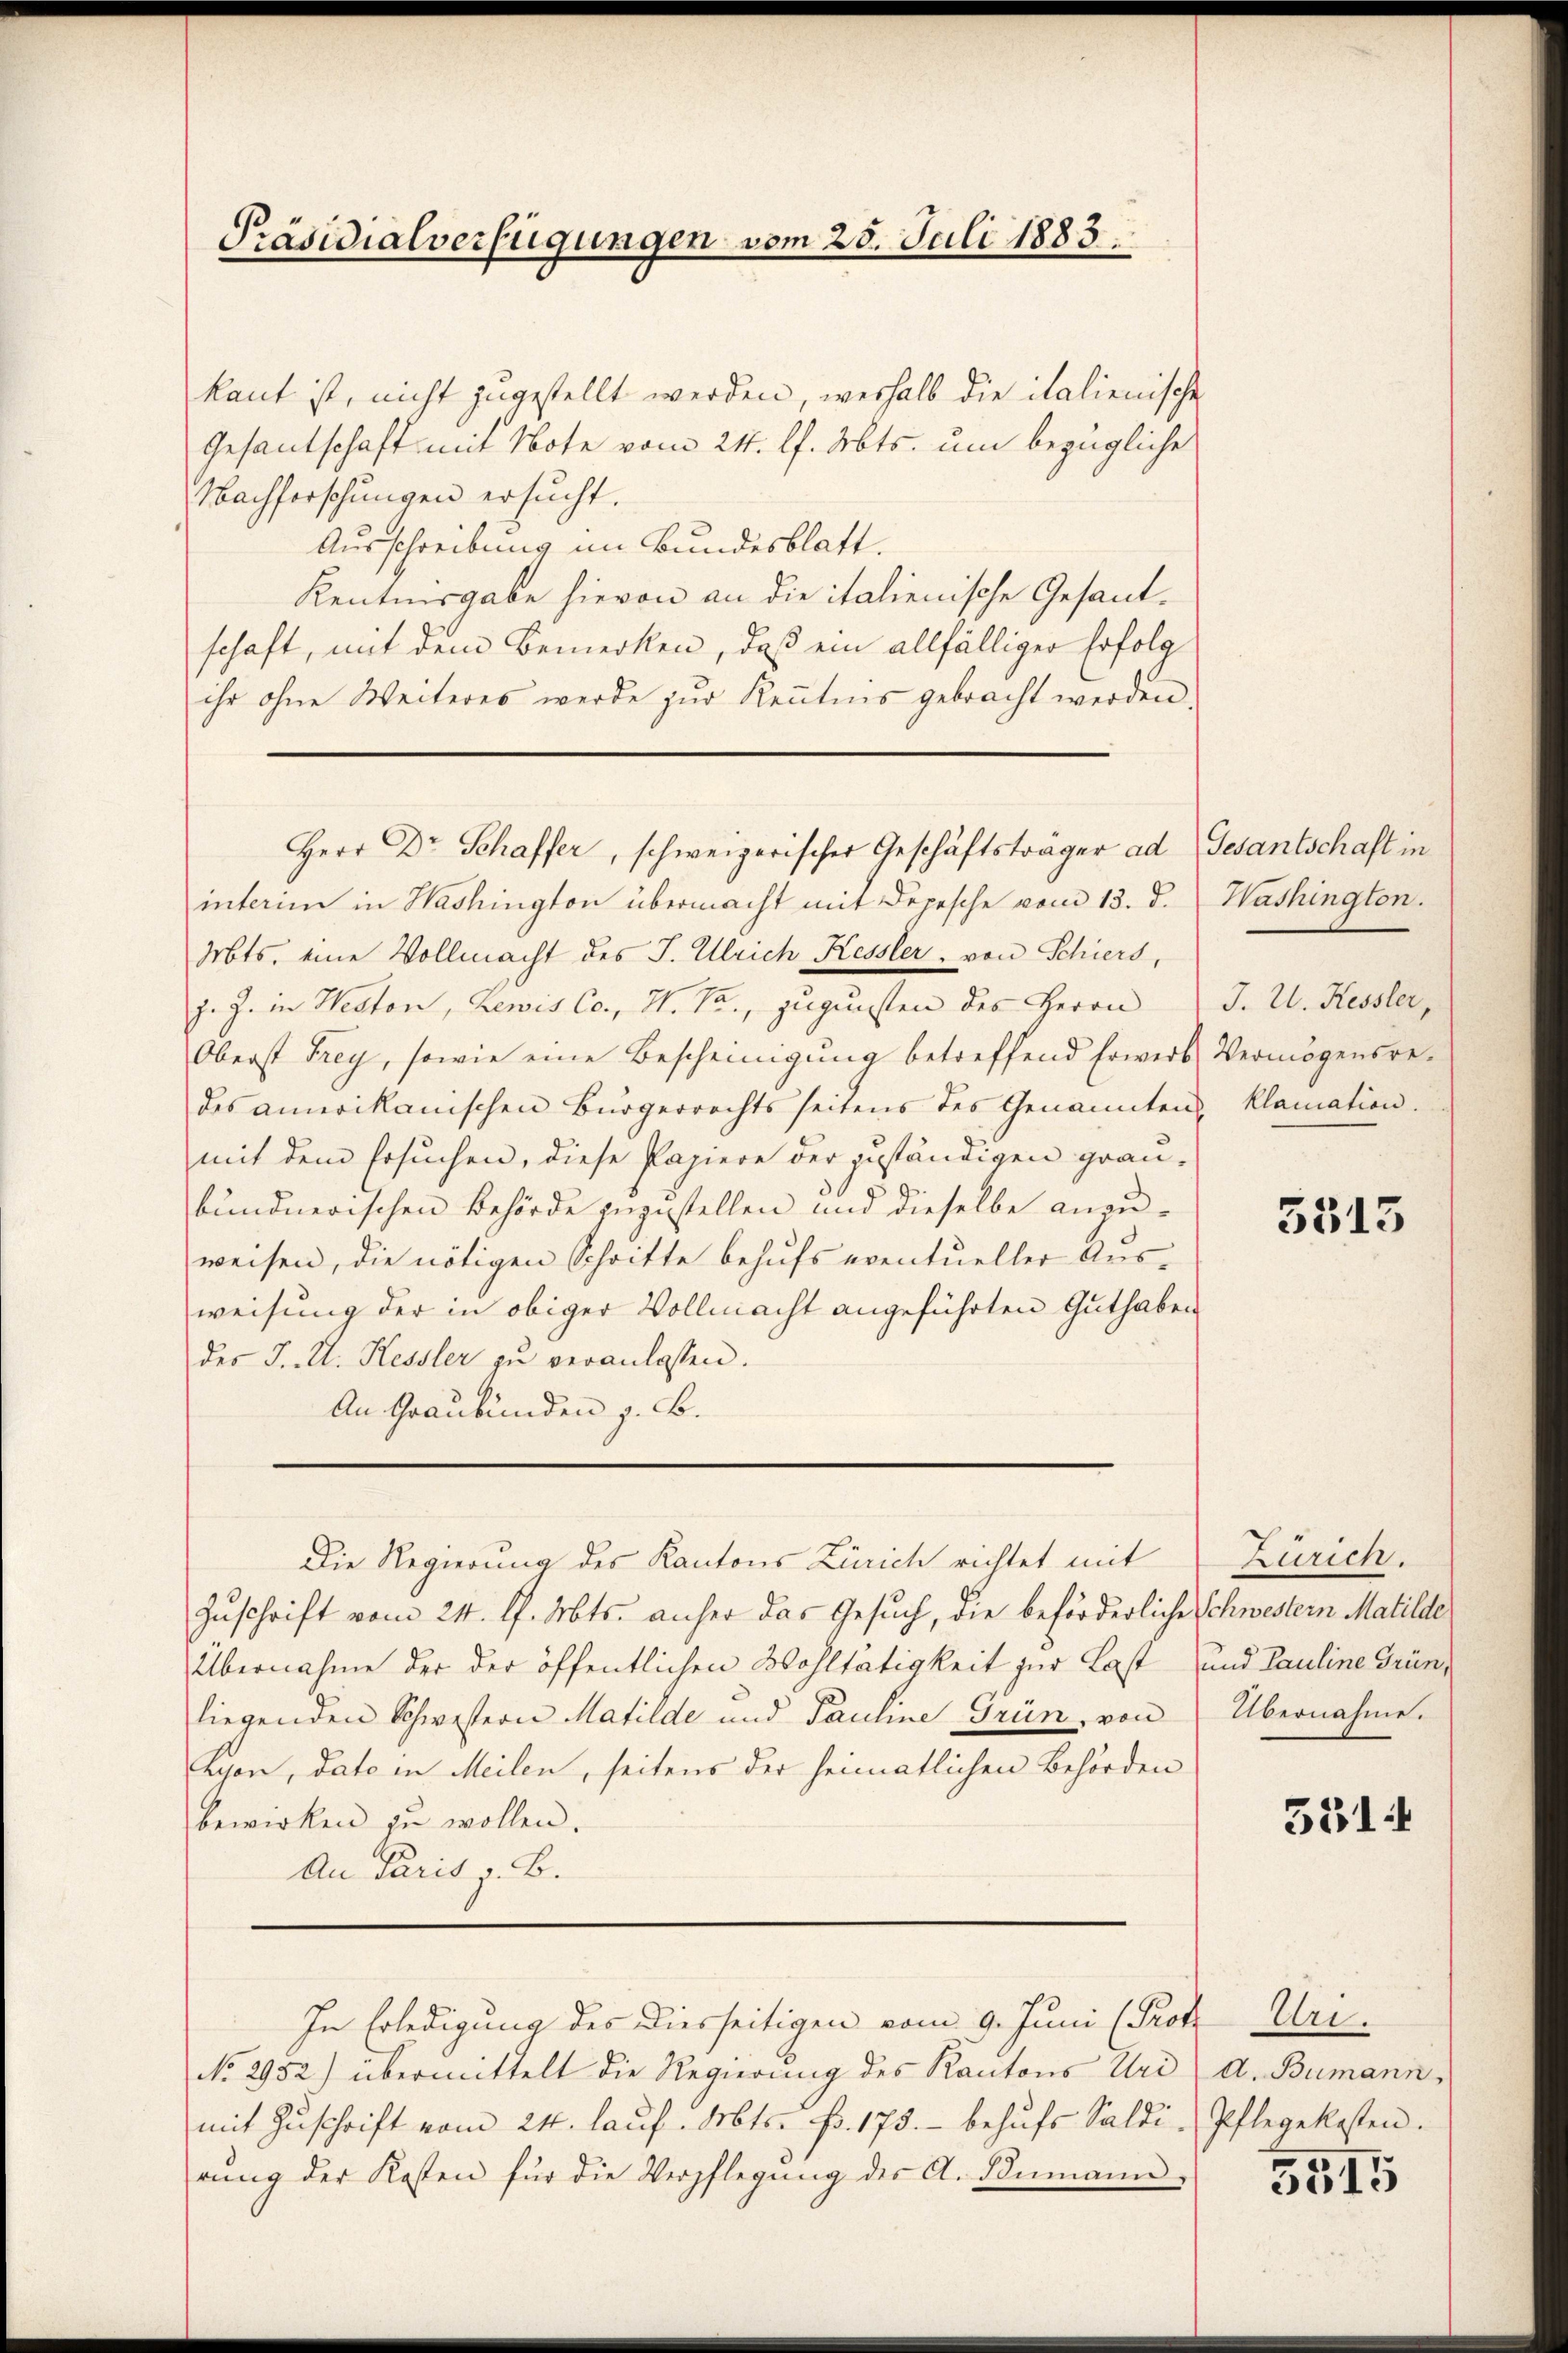
Präsidialverfügungen vom 28. Juli 1883.

kant ist, nicht zugestellt werden, weshalb die italienische
Gesandschaft mit Note vom 24. l. Mts. um bezügliche
Nachforschungen ersucht.
Ausschreibung im Bundesblatt.
Kentnisgabe hievon an die italienische Gesandschaft, mit dem Bemerken, daß ein allfälliger Erfolg
ihr ohne Weiteres werde zŭr Keṅtnis gebracht werden.
interim in Washington übermacht mit Depesche vom 13. d.
Mts. eine Vollmacht des J. Ulrich Kessler, von Schiers,
z. Z. in Neston, Lewis Co., H. Pr., zugunsten des Herrn
Oberst Frey, sowie eine Bescheinigung betreffend Erwerb Vermögensredes amerikanischen Bürgerrechts seitens des Genannten, klamation.
mit dem Ersuchen, diese Papiere der zuständigen grau-
bundnerischen Behörde zuzustellen und dieselbe anzu-
weisen, die nötigen Schritte behufs eventueller Ausweisung der in obiger Vollmacht angeführten Guthaben
des J. U. Kessler zŭ veranlassen.
An Graubünden z. B.
Die Regierung des Kantons Zürich richtet mit
Zuschrift vom 24. d. Mts. anher das Gesuch, die beförderliche Schwestern Matilde
Übernahme der der öffentlichen Wohltätigkeit zur Last
liegenden Schwestern Matilde und Pauline Grün, von Übernahme.
Lyon, dato in Meilen, seitens der heimatlichen Behörden
bewirken zu wollen.
An Paris z. B.
In Erledigung des Diesseitigen vom 9. Juni (Prof. Uri.
No. 2952) übermittelt die Regierung des Kantons Uri d. Bumann,
mit Zŭschrift vom 24. laŭf. Mts. pr. 175. behŭfs Saldi, Pflegekosten.
rŭng der Kosten für die Verpflegŭng des A. Dumann

Herr Dr Schaffer, schweizerischer Geschäftsträger ad

Gesantschaft in
Washington.
J. U. Kessler,

5515

Zürich.
und Pauline Grün,

5514

3515